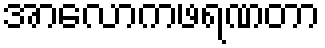
အာလောကဖရဏတာ